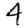
Digit: 4